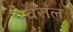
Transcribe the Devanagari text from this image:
वराल